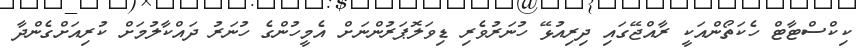
ކިކްސްޓާޓް ހެކަތޯންއަކީ ރާއްޖޭގައި ދިރިއުޅޭ ހުނަރުވެރި ޑިވަލޮޕަރުންނަށް އެމީހުންގެ ހުނަރު ދައްކާލުމަށް ކުރިއަށްގެންދާ